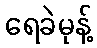
ရေခဲမုန့်